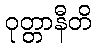
ဝုတ္တာနီတိ